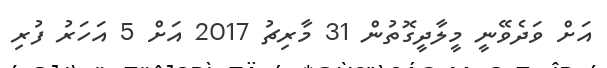
އަށް ވަދެވޭނީ މީލާދީގޮތުން 31 މާރިޗު 2017 އަށް 5 އަހަރު ފުރި